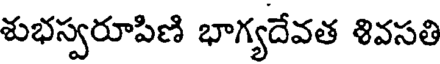
శుభస్వరూపిణి భాగ్యదేవత శివసతి